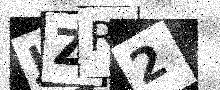
Text: JZR2